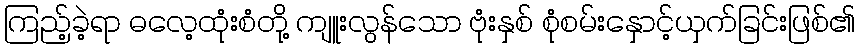
ကြည့်ခဲ့ရာ ဓလေ့ထုံးစံတို့ ကျူးလွန်သော ဗုံးနှစ် စုံစမ်းနှောင့်ယှက်ခြင်းဖြစ်၏